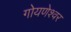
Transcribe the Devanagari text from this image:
गोयणेश्वर